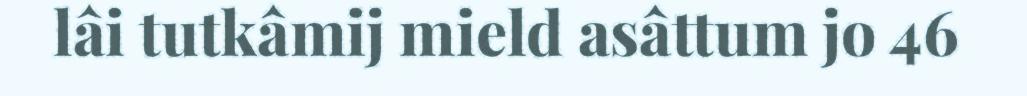
lâi tutkâmij mield asâttum jo 46